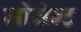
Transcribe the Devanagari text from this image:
मोमेन्ट